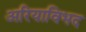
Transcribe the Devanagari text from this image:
अरियाविभद